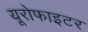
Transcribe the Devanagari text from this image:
यूरोफाइटर